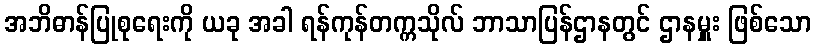
အဘိဓာန်ပြုစုရေးကို ယခု အခါ ရန်ကုန်တက္ကသိုလ် ဘာသာပြန်ဌာနတွင် ဌာနမှူး ဖြစ်သော